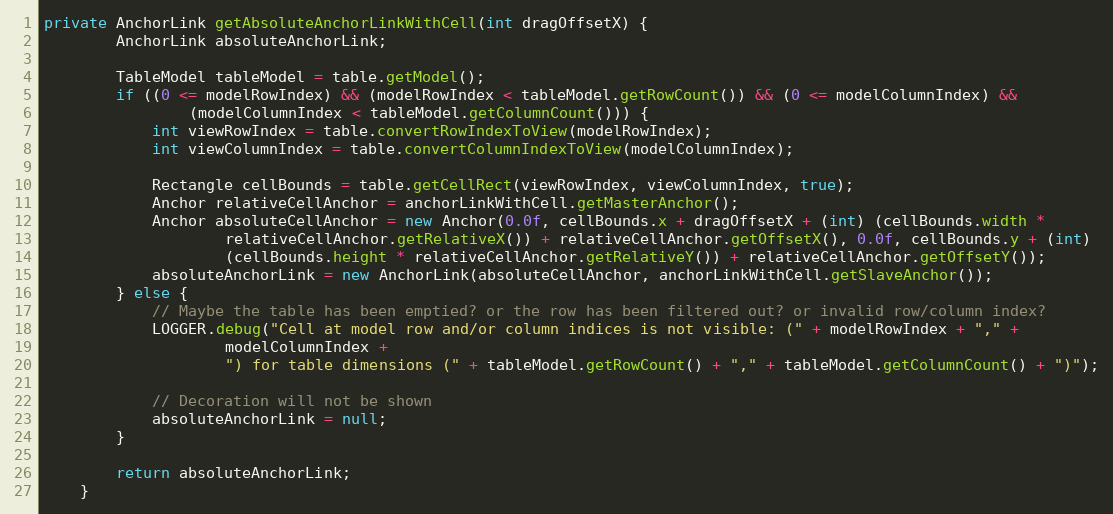
Language: Java
private AnchorLink getAbsoluteAnchorLinkWithCell(int dragOffsetX) {
        AnchorLink absoluteAnchorLink;

        TableModel tableModel = table.getModel();
        if ((0 <= modelRowIndex) && (modelRowIndex < tableModel.getRowCount()) && (0 <= modelColumnIndex) &&
                (modelColumnIndex < tableModel.getColumnCount())) {
            int viewRowIndex = table.convertRowIndexToView(modelRowIndex);
            int viewColumnIndex = table.convertColumnIndexToView(modelColumnIndex);

            Rectangle cellBounds = table.getCellRect(viewRowIndex, viewColumnIndex, true);
            Anchor relativeCellAnchor = anchorLinkWithCell.getMasterAnchor();
            Anchor absoluteCellAnchor = new Anchor(0.0f, cellBounds.x + dragOffsetX + (int) (cellBounds.width *
                    relativeCellAnchor.getRelativeX()) + relativeCellAnchor.getOffsetX(), 0.0f, cellBounds.y + (int)
                    (cellBounds.height * relativeCellAnchor.getRelativeY()) + relativeCellAnchor.getOffsetY());
            absoluteAnchorLink = new AnchorLink(absoluteCellAnchor, anchorLinkWithCell.getSlaveAnchor());
        } else {
            // Maybe the table has been emptied? or the row has been filtered out? or invalid row/column index?
            LOGGER.debug("Cell at model row and/or column indices is not visible: (" + modelRowIndex + "," +
                    modelColumnIndex +
                    ") for table dimensions (" + tableModel.getRowCount() + "," + tableModel.getColumnCount() + ")");

            // Decoration will not be shown
            absoluteAnchorLink = null;
        }

        return absoluteAnchorLink;
    }